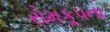
રોમકૂપના